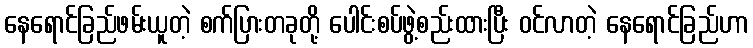
နေရောင်ခြည်ဖမ်းယူတဲ့ စက်ပြားတခုတို့ ပေါင်းစပ်ဖွဲ့စည်းထားပြီး ဝင်လာတဲ့ နေရောင်ခြည်ဟာ